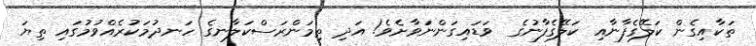
ތަކާއިގެން ކަލޭގެފާނާއި ކަލޭގެފާނުގެ  ވަޑައިގަންނަވާށެވެ! އަދި ތިމަންރަސްކަލާނގެ ހަނދުމަކުރެއްވުމުގައި ތިޔަ